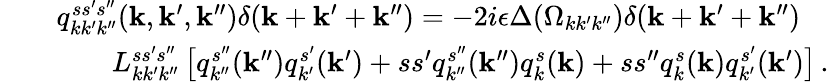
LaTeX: \begin{array}{rlr}&{}&{q_{kk^{\prime}k^{\prime\prime}}^{ss^{\prime}s^{\prime\prime}}({\mathbf k},{\mathbf k}^{\prime},{\mathbf k}^{\prime\prime})\delta({\mathbf k}+{\mathbf k}^{\prime}+{\mathbf k}^{\prime\prime})=-2i\epsilon\Delta(\Omega_{kk^{\prime}k^{\prime\prime}})\delta({\mathbf k}+{\mathbf k}^{\prime}+{\mathbf k}^{\prime\prime})\quad}\\ &{}&{L_{kk^{\prime}k^{\prime\prime}}^{ss^{\prime}s^{\prime\prime}}\left[q_{k^{\prime\prime}}^{s^{\prime\prime}}({\mathbf k}^{\prime\prime})q_{k^{\prime}}^{s^{\prime}}({\mathbf k}^{\prime})+ss^{\prime}q_{k^{\prime\prime}}^{s^{\prime\prime}}({\mathbf k}^{\prime\prime})q_{k}^{s}({\mathbf k})+ss^{\prime\prime}q_{k}^{s}({\mathbf k})q_{k^{\prime}}^{s^{\prime}}({\mathbf k}^{\prime})\right]\, .}\end{array}